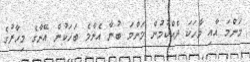
މަންމަ އާއި ވާހަކަ ދެއްކުމުން މަންމަ ބުނާ އެންމެ ބަހަކުން އޭނާގެ މިހާރުގެ